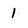
Character: 1